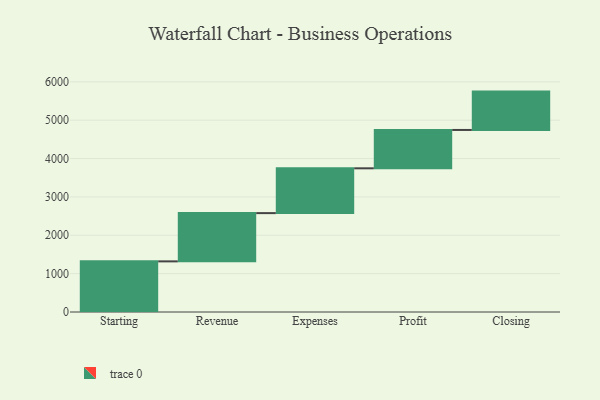
{"axis": {"x": "Step", "y": "Value"}, "legend": [""], "data": [{"x": "Starting", "y": 1320.0, "type": ""}, {"x": "Revenue", "y": 1258.0, "type": ""}, {"x": "Expenses", "y": 1168.0, "type": ""}, {"x": "Profit", "y": 1000, "type": ""}, {"x": "Closing", "y": 1000, "type": ""}]}